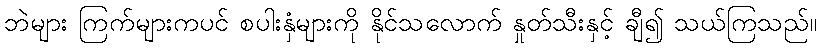
ဘဲများ ကြက်များကပင် စပါးနှံများကို နိုင်သလောက် နှုတ်သီးနှင့် ချီ၍ သယ်ကြသည်။